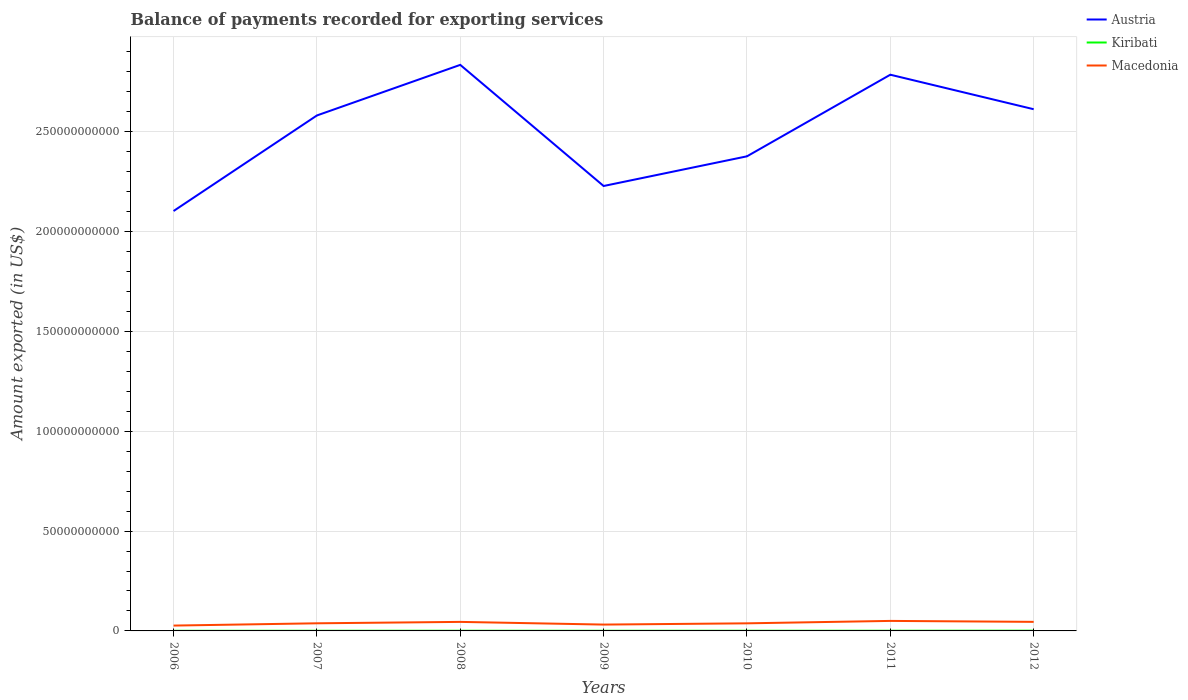
| Years | Austria | Kiribati | Macedonia |
 | --- | --- | --- | --- |
 | 2006 | 2.1e+11 | 6.04e+07 | 2.68e+09 |
 | 2007 | 2.58e+11 | 8.29e+07 | 3.82e+09 |
 | 2008 | 2.83e+11 | 9.38e+07 | 4.52e+09 |
 | 2009 | 2.23e+11 | 7.75e+07 | 3.18e+09 |
 | 2010 | 2.38e+11 | 9.54e+07 | 3.8e+09 |
 | 2011 | 2.79e+11 | 9.75e+07 | 5.02e+09 |
 | 2012 | 2.61e+11 | 1.24e+08 | 4.53e+09 |